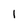
Character: l